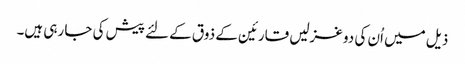
ذیل میں اُن کی دو غزلیں قارئین کے ذوق کے لئے پیش کی جا رہی ہیں۔